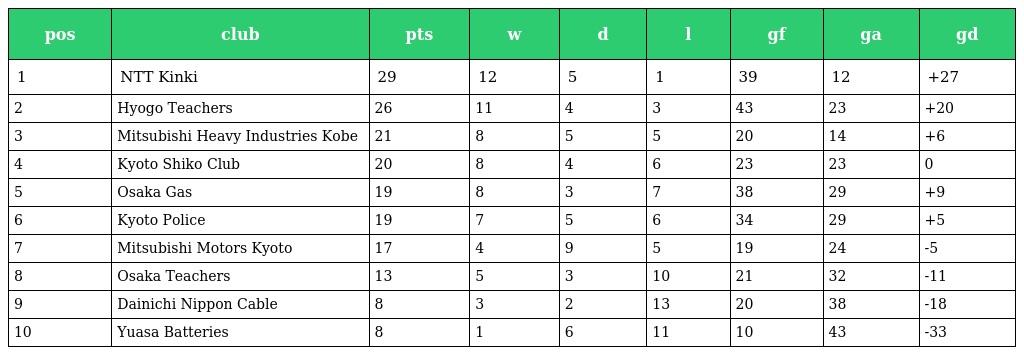
| pos | club | pts | w | d | l | gf | ga | gd |
 | --- | --- | --- | --- | --- | --- | --- | --- | --- |
 | 1 | NTT Kinki | 29 | 12 | 5 | 1 | 39 | 12 | +27 |
 | 2 | Hyogo Teachers | 26 | 11 | 4 | 3 | 43 | 23 | +20 |
 | 3 | Mitsubishi Heavy Industries Kobe | 21 | 8 | 5 | 5 | 20 | 14 | +6 |
 | 4 | Kyoto Shiko Club | 20 | 8 | 4 | 6 | 23 | 23 | 0 |
 | 5 | Osaka Gas | 19 | 8 | 3 | 7 | 38 | 29 | +9 |
 | 6 | Kyoto Police | 19 | 7 | 5 | 6 | 34 | 29 | +5 |
 | 7 | Mitsubishi Motors Kyoto | 17 | 4 | 9 | 5 | 19 | 24 | -5 |
 | 8 | Osaka Teachers | 13 | 5 | 3 | 10 | 21 | 32 | -11 |
 | 9 | Dainichi Nippon Cable | 8 | 3 | 2 | 13 | 20 | 38 | -18 |
 | 10 | Yuasa Batteries | 8 | 1 | 6 | 11 | 10 | 43 | -33 |